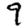
Digit: 9